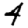
Digit: 4